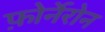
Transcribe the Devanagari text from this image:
फ़ोर्नेरोन